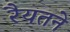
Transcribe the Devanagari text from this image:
रैयतने